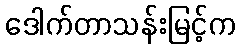
ဒေါက်တာသန်းမြင့်က